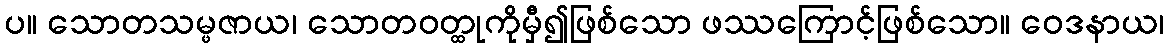
ပ။ သောတသမ္ဖဇာယ၊ သောတဝတ္ထုကိုမှီ၍ဖြစ်သော ဖဿကြောင့်ဖြစ်သော။ ဝေဒနာယ၊